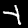
Label: 4